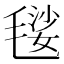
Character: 𣯢